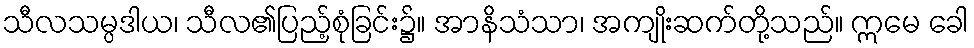
သီလသမ္ပဒါယ၊ သီလ၏ပြည့်စုံခြင်း၌။ အာနိသံသာ၊ အကျိုးဆက်တို့သည်။ ဣမေ ခေါ